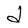
Character: d